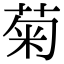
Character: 菊